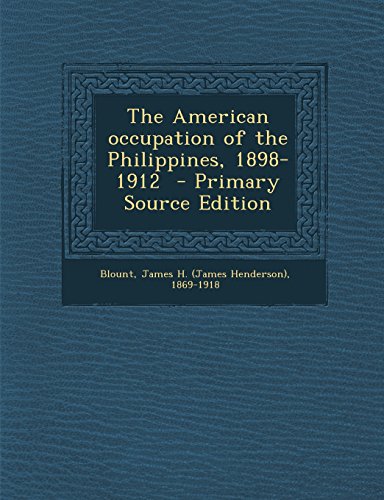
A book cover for The American occupation of the Philippines, 1898-1912  - Primary Source Edition; History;